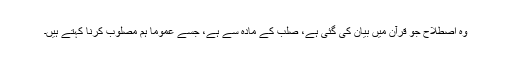
وہ اصطلاح جو قرآن میں بیان کی گئی ہے، صلب کے مادہ سے ہے، جسے عموماً ہم مصلوب کرنا کہتے ہیں۔